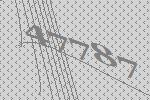
47787